Annual administration report of the Civil Veterinary Department of India - 1893-1894
Year: 1893
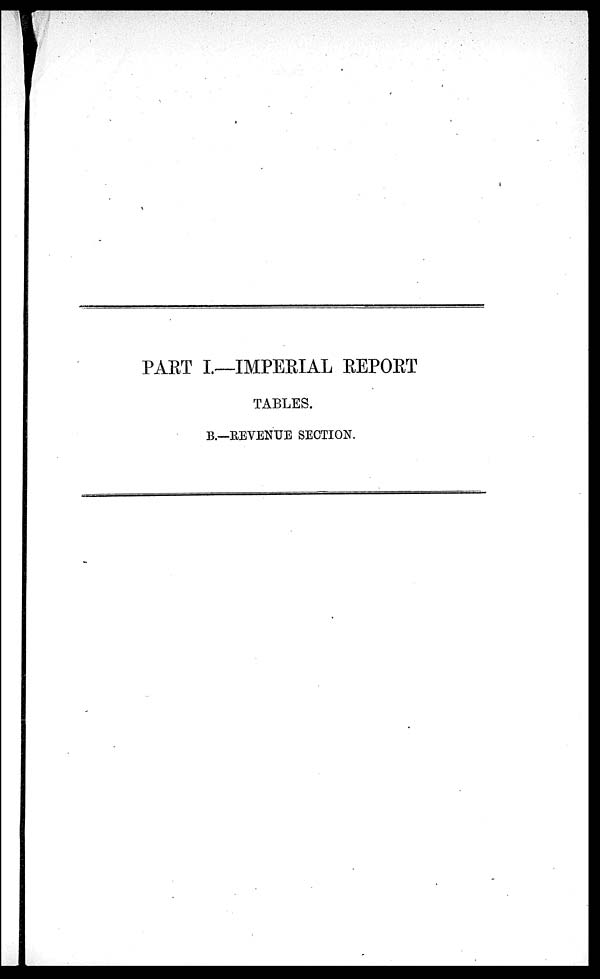
PART I.—IMPERIAL REPORT
TABLES.
B.—REVENUE SECTION.